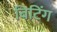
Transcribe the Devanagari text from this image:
बिटिंग